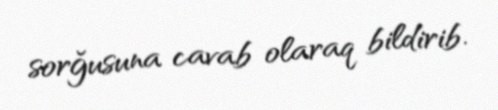
sorğusuna cavab olaraq bildirib.